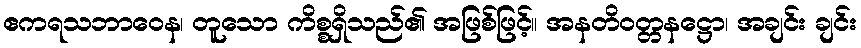
ဧကရသဘာဝေန၊ တူသော ကိစ္စရှိသည်၏ အဖြစ်ဖြင့်။ အနတိဝတ္တနဋ္ဌော၊ အချင်း ချင်း